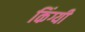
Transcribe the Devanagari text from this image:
किंग्यी